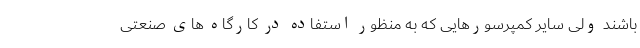
باشند ولی سایر کمپرسورهایی که به منظور استفاده در کارگاه های صنعتی